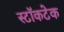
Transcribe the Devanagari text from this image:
स्टॉकटेक